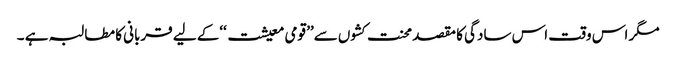
مگر اس وقت اس سادگی کا مقصد محنت کشوں سے’’ قومی معیشت ‘‘کے لیے قربانی کا مطالبہ ہے ۔